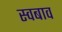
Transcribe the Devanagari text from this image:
स्वबाव